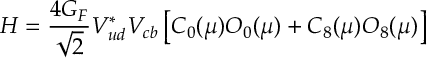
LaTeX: { \cal H } = { \frac { 4 G _ { F } } { \sqrt 2 } } V _ { u d } ^ { * } V _ { c b } \left[ C _ { 0 } ( \mu ) O _ { 0 } ( \mu ) + C _ { 8 } ( \mu ) O _ { 8 } ( \mu ) \right]